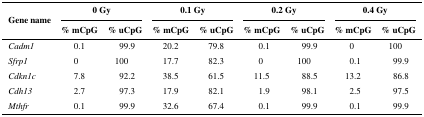
<table><thead><tr><td rowspan="2"><b>Gene name</b></td><td colspan="2"><b>0 Gy</b></td><td colspan="2"><b>0.1 Gy</b></td><td colspan="2"><b>0.2 Gy</b></td><td colspan="2"><b>0.4 Gy</b></td></tr><tr><td><b>% mCpG</b></td><td><b>% uCpG</b></td><td><b>% mCpG</b></td><td><b>% uCpG</b></td><td><b>% mCpG</b></td><td><b>% uCpG</b></td><td><b>% mCpG</b></td><td><b>% uCpG</b></td></tr></thead><tbody><tr><td><i>Cadm1</i></td><td>0.1</td><td>99.9</td><td>20.2</td><td>79.8</td><td>0.1</td><td>99.9</td><td>0</td><td>100</td></tr><tr><td><i>Sfrp1</i></td><td>0</td><td>100</td><td>17.7</td><td>82.3</td><td>0</td><td>100</td><td>0.1</td><td>99.9</td></tr><tr><td><i>Cdkn1c</i></td><td>7.8</td><td>92.2</td><td>38.5</td><td>61.5</td><td>11.5</td><td>88.5</td><td>13.2</td><td>86.8</td></tr><tr><td><i>Cdh13</i></td><td>2.7</td><td>97.3</td><td>17.9</td><td>82.1</td><td>1.9</td><td>98.1</td><td>2.5</td><td>97.5</td></tr><tr><td><i>Mthfr</i></td><td>0.1</td><td>99.9</td><td>32.6</td><td>67.4</td><td>0.1</td><td>99.9</td><td>0.1</td><td>99.9</td></tr></tbody></table>